Papaver somniferum - Opium : an extract from the sixth volume of the Dictionary of Economic Products of India
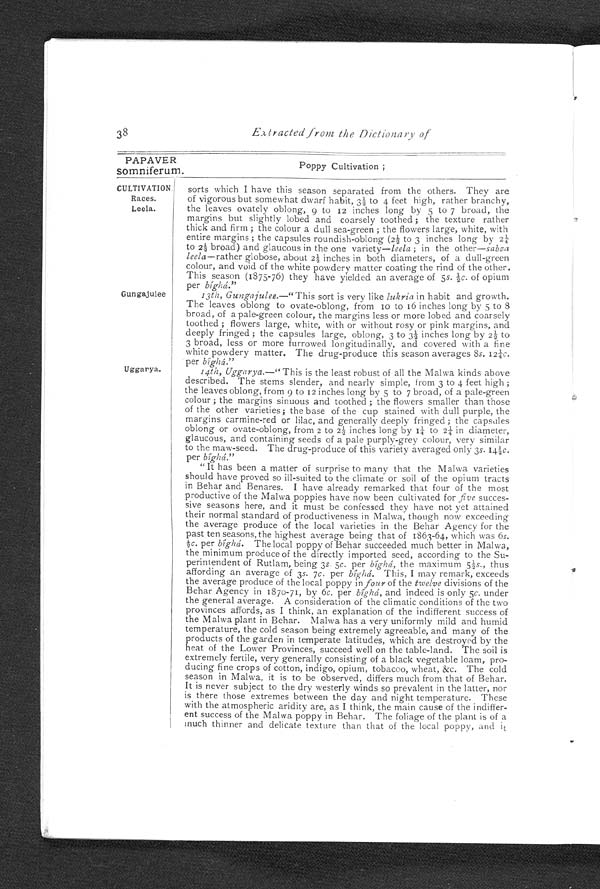
38
Extracted from the Dictionary of
38 Extracted from the Dictionary of
PAPAVER somniferum. Poppy Cultivation ;
CULTIVATION.
Races.
Leela.
sorts which I have this season separated from the others. They are
of vigorous but somewhat dwarf habit, 3½ to 4 feet high, rather branchy,
the leaves ovately oblong, 9 to 12 inches long by 5 to 7 broad, the
margins but slightly lobed and coarsely toothed ; the texture rather
thick and firm ; the colour a dull sea-green ; the flowers large, white, with
entire margins ; the capsules roundish-oblong (2½ to 3 inches long by
2 ¼
t o 2 ½ b r o a d ) a n d g l a u c o u s i n t h e o n e v a r i e t y — l e e l a ;
i n t h e o t h e r —
sabza
leela —rather globose, about 2½ inches in both diameters, of a dull-green
colour, and void of the white powdery matter coating the rind of the other.
This season (1875-76) they have yielded an average of 5s. ½c. of opium
per bíghá.."
G u n g a j u l e e
13th, Gungajulee.—" This sort is very like lukria in habit and growth.
The leaves oblong to ovate-oblong, from 10 to 16 inches long by 5 to 8
broad, of a pale-green colour, the margins less or more lobed and coarsely
toothed ; flowers large, white, with or without rosy or pink margins, and
deeply fringed ; the capsules large, oblong, 3 to 3½ inches long by 2½ to
3 broad, less or more furrowed longitudinally, and covered with a fine
white powdery matter. The drug-produce this season averages 8 s. 12¼c .
per bíghá.."
U g g a r y a .
14th Uggarya.—" This is the least robust of all the Malwa kinds above
described. The sterns slender, and nearly simple, from 3 to 4 feet high ;
the leaves oblong, from 9 to 12 inches long by 5 to 7 broad, of a pale-green
colour ; the margins sinuous and toothed ; the flowers smaller than those
of the other varieties; the base of the cup stained with dull purple, the
margins carmine-red or lilac, and generally deeply fringed ; the capsules
oblong or ovate-oblong, from 2 to 2½ inches long by 1¼ to 2¼ in diameter,
glaucous, and containing seeds of a pale purply-grey colour, very similar
to the maw-seed. The drug-produce of this variety averaged only 3s. 14½c.
per bíghái."
" It has been a matter of surprise to many that the Malwa varieties
should have proved so ill-suited to the climate or soil of the opium tracts
in Behar and Benares. I have already remarked that four of the most
productive of the Malwa poppies have now been cultivated for five succes
-
sive seasons here, and it must be confessed they have not yet attained
their normal standard of productiveness in Malwa, though now exceeding
the average produce of the local varieties in the Behar Agency for the
past ten seasons, the highest average being that of 1863-64, which was 6 s .
½c. per bíghá. The local poppy of Behar succeeded much better in Malwa,
tie m i n i m u m p r o d u c e o f t h e d i r e c t l y i m p o r t e d s e e d , a c c o r d i n g t o t h e S u -
perintendent of Rutlam, being 3s 5c. per bíghá, the maximum 5¼s ., thus
affording an average of 3s. 7c. per bíghá. This, I may remark, exceeds
the average produce of the local poppy in four of the twelve divisions of the
Behar Agency in 187o-71, by 6c. per bíghá, and indeed is only 5c. under
the general average. A consideration of the climatic conditions of the two
provinces affords, as I think, an explanation of the indifferent success of
the Malwa plant in Behar. Malwa has a very uniformly mild and humid
temperature, the cold season being extremely agreeable, and many of the
product of the garden in temperate latitudes, which are destroyed by the
heat of the Lower Provinces, succeed well on the table-land. The soil is
extremely fertile, very generally consisting of a black vegetable loam, pro
-
ducing fine crops of cotton, indigo, opium, tobacoo, wheat, &c. The cold
season in Malwa, it is to be observed, differs much from that of Behar.
It is never subject to the dry westerly winds so prevalent in the latter, nor
is there those extremes between the day and night temperature. These
with the atmospheric aridity are, as I think, the main cause of the indiffer
-
ent success of the Malwa poppy in Behar. The foliage of the plant is of a
much thinner and delicate texture than that of the local poppy, and it